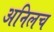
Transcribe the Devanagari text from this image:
अनिलच